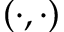
( \cdot , \cdot )